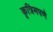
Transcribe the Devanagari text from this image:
कृत्रिमपणे